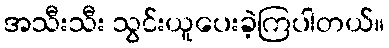
အသီးသီး သွင်းယူပေးခဲ့ကြပါတယ်။